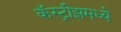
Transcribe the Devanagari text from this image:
कॅस्ट्रीझमध्ये